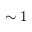
\sim 1